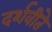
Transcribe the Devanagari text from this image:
दर्शवीते